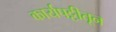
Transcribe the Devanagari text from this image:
कार्यपट्टीतून